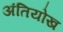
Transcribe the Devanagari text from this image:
अंतियोख